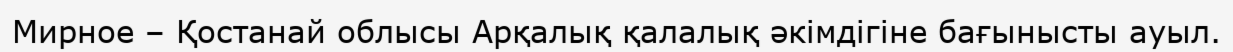
Мирное – Қостанай облысы Арқалық қалалық әкімдігіне бағынысты ауыл.